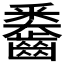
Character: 𪙖